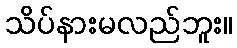
သိပ်နားမလည်ဘူး။